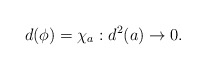
\begin{align*}d (\phi) = \chi_a: d^2 (a) \to 0.\end{align*}